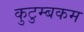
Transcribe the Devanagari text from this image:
कुटुम्‍बकम